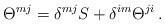
LaTeX: \begin{align*}\Theta^{mj}=\delta^{mj}S+\delta^{im}\Theta^{ji}\,.\end{align*}